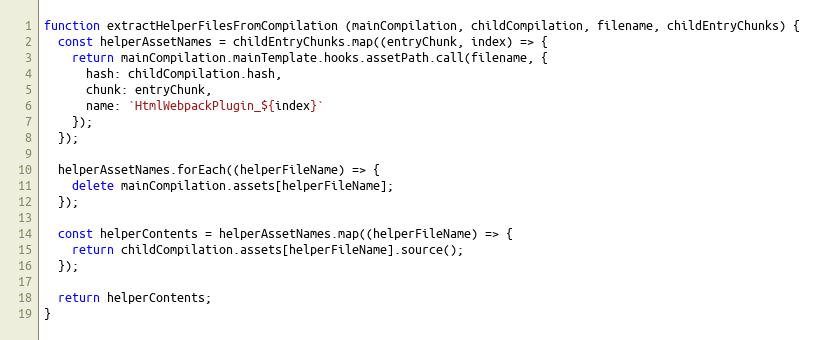
Language: JavaScript
function extractHelperFilesFromCompilation (mainCompilation, childCompilation, filename, childEntryChunks) {
  const helperAssetNames = childEntryChunks.map((entryChunk, index) => {
    return mainCompilation.mainTemplate.hooks.assetPath.call(filename, {
      hash: childCompilation.hash,
      chunk: entryChunk,
      name: `HtmlWebpackPlugin_${index}`
    });
  });

  helperAssetNames.forEach((helperFileName) => {
    delete mainCompilation.assets[helperFileName];
  });

  const helperContents = helperAssetNames.map((helperFileName) => {
    return childCompilation.assets[helperFileName].source();
  });

  return helperContents;
}